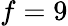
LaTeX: f=9